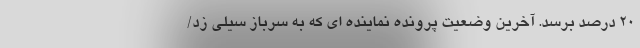
۲۰ درصد برسد. آخرین وضعیت پرونده نماینده ای که به سرباز سیلی زد/